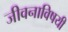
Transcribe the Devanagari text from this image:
जीवनाविषयी